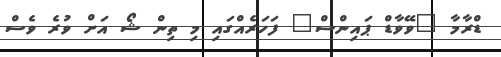
ޑްރާމާ "ވޭވާޑް ޕައިންސް" ފަހަރެއްގައި މި ތިން ޝޯ އަށް ވުރެ ވެސް